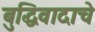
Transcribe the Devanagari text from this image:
बुद्धिवादाचे